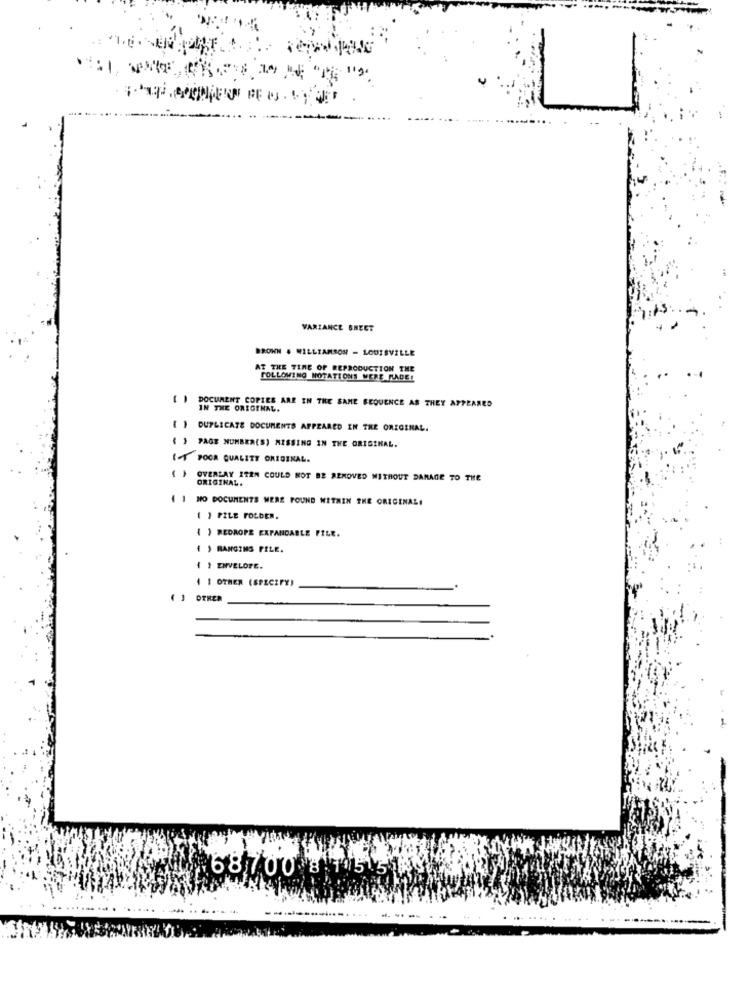
VARIANCE SHEET
BROWN . WILLIAMSON - LOUISVILLE
AT THE TIME OF REPRODUCTION THE
FOLLOWING NOTATIONS WERE MADE!
DOCUMENT COPIES ARE IN THE SAME SEQUENCE AS THEY APPEARED
IN THE ORIGINAL.
DUPLICATE DOCUMENTS APPEARED IN THE ORIGINAL.
{ } PAGE NUMBER(S) MISSING IN THE ORIGINAL.
14 POOR QUALITY ORIGINAL.
( ) OVERLAY ITEN COULD NOT BE REMOVED WITHOUT DAMAGE TO THE
ORIGINAL.
1 1 NO DOCUMENTS WERE FOUND WITHIN THE ORIGINALI
( ) PILE FOLDER.
{ } REDROPE EXPANDABLE FILE.
4 ) RANGIMS FILE.
1 } ENVELOPE.
4 1 OTHER (SPECIFY)
( ) OTREN
68700 8 1 5 516